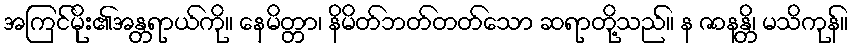
အကြင်မိုး၏အန္တရာယ်ကို။ နေမိတ္တာ၊ နိမိတ်ဘတ်တတ်သော ဆရာတို့သည်။ န ဇာနန္တိ၊ မသိကုန်။